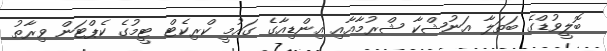
ބޮލީވުޑްގެ ބަތަލާ އަނުޝްކާ ޝްރުމާއާއި އިންޑިއާގެ ގައުމީ ކްރިކެޓް ޓީމުގެ ކެޕްޓަން ވިރާތު